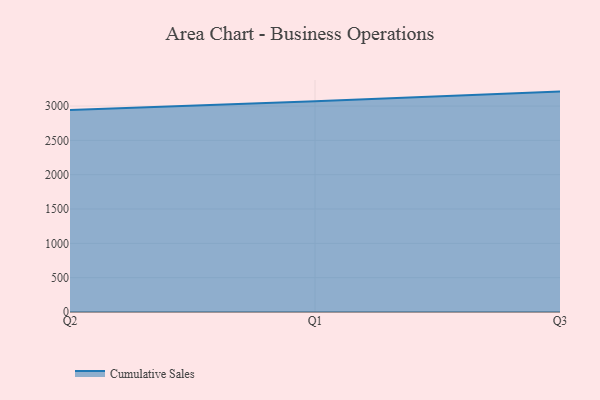
{"axis": {"x": "Quarter", "y": "Waste Production (Tons)"}, "legend": ["Cumulative Sales"], "data": [{"x": "Q2", "y": 2943.2, "type": "Cumulative Sales"}, {"x": "Q1", "y": 3070.7, "type": "Cumulative Sales"}, {"x": "Q3", "y": 3210.4, "type": "Cumulative Sales"}]}